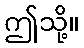
ဤသို့။